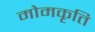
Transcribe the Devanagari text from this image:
मोमकृति